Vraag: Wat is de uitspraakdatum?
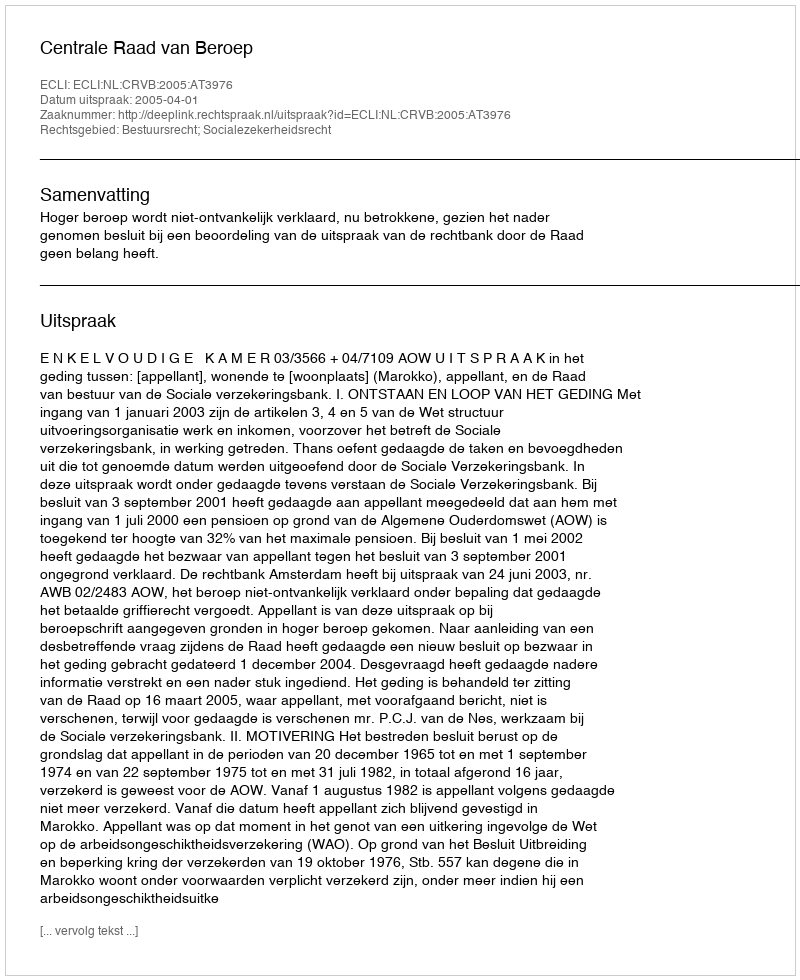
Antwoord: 2005-04-01